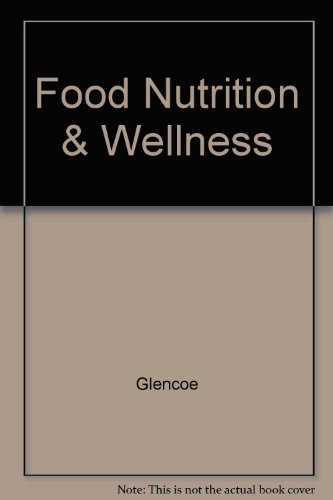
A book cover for Food Nutrition & Wellness; Glencoe; Teen & Young Adult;